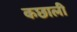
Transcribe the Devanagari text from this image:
कछाली